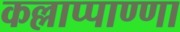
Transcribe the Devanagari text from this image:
कल्लाप्पाण्णा